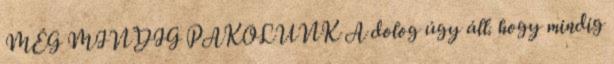
MÉG MINDIG PAKOLUNK A dolog úgy áll. hogy mindig